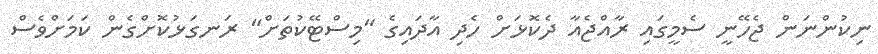
ނިކުންނަން ޖެހޭނީ ސެމީގައި ރާއްޖެއާ ދެކޮޅަށް ހެދި އާދައިގެ "މިސްޓޭކުތަށް" ރަނގަޅުކޮށްގެން ކަމަށްވެސް